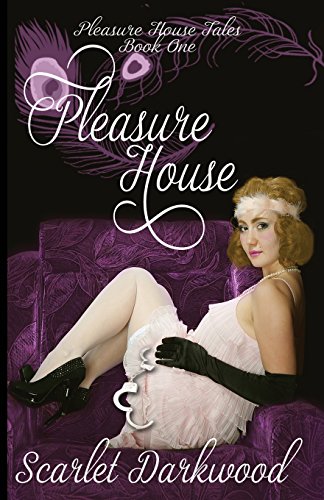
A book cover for Pleasure House (The Pleasure House Tales) (Volume 1); Scarlet Darkwood; Romance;